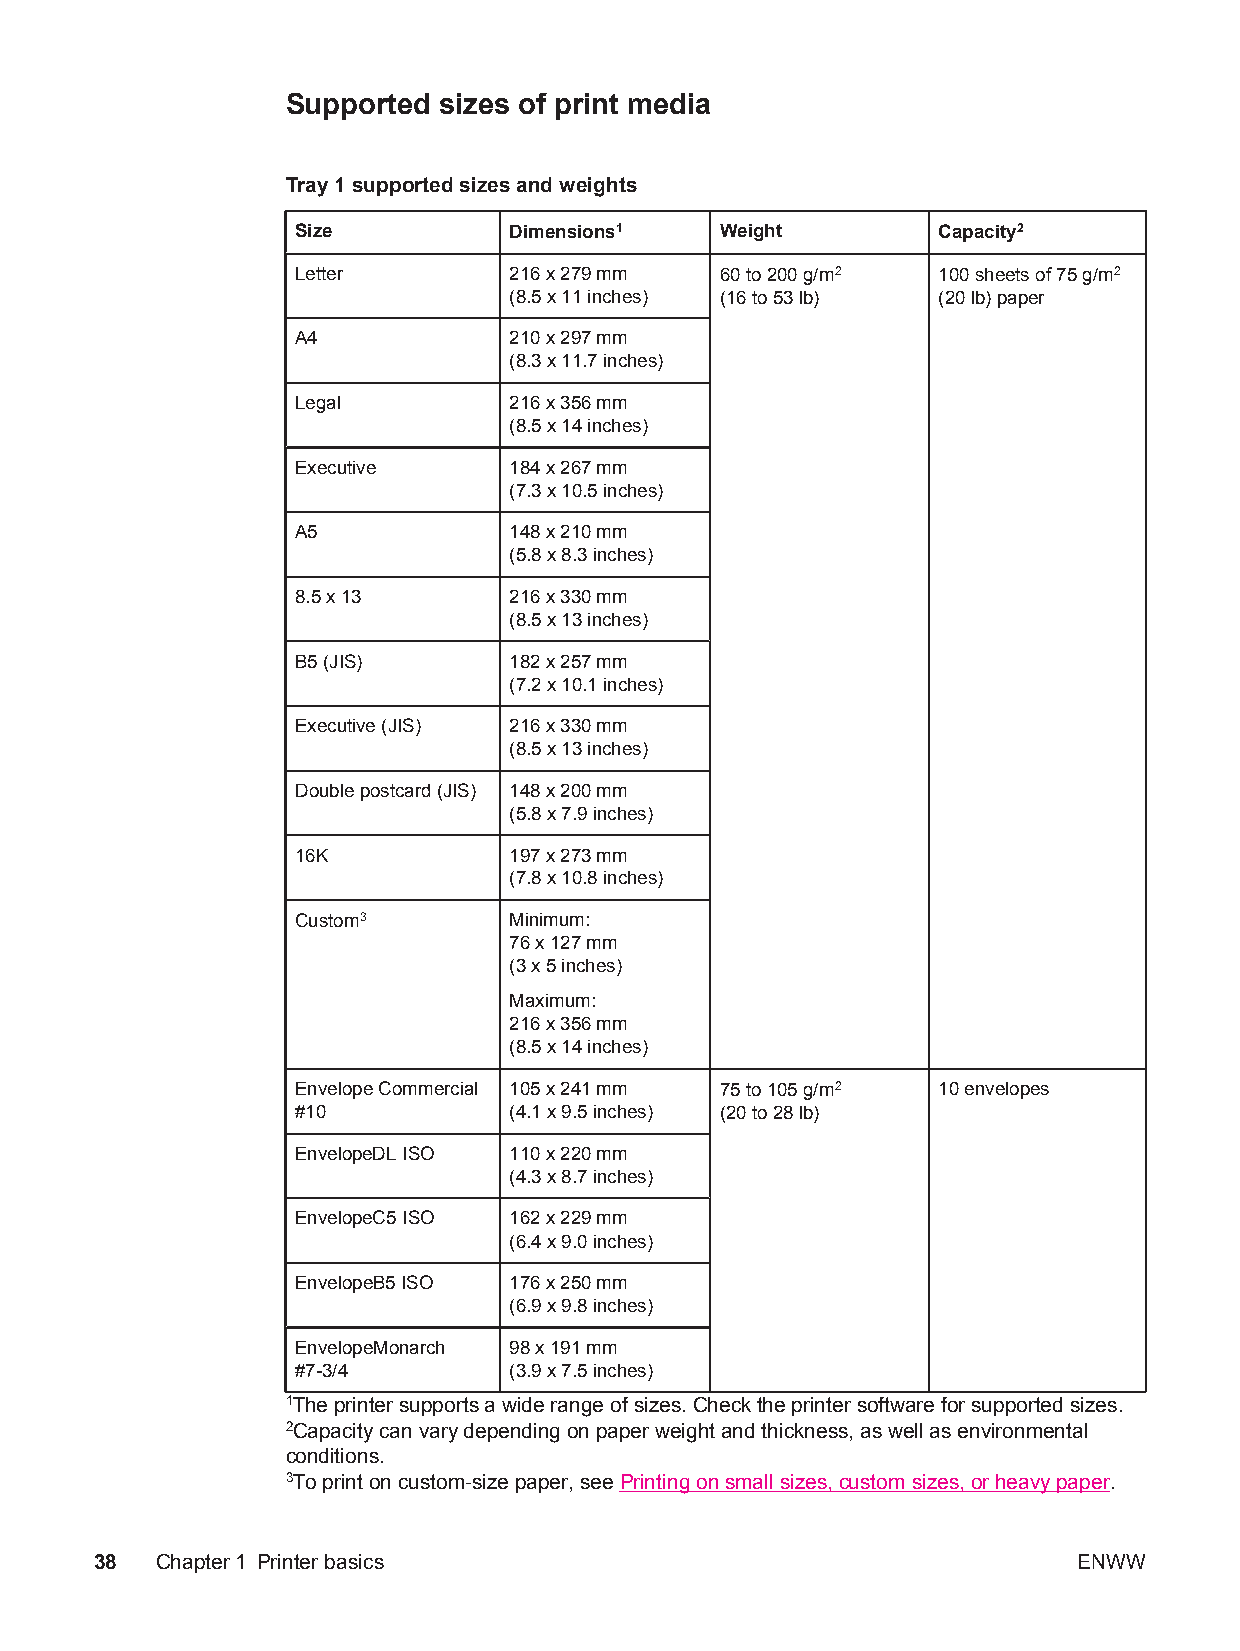
Supported sizes of print media
 Tray 1 supported sizes and weights
 Size          Dimensions1   Weight        Capacity2
 Letter        216 x 279 mm  60 to 200 g/m2 100 sheets of 75 g/m2
 (8.5 x 11 inches) (16 to 53 lb) (20 lb) paper
 A4            210 x 297 mm
 (8.3 x 11.7 inches)
 Legal         216 x 356 mm
 (8.5 x 14 inches)
 Executive     184 x 267 mm
 (7.3 x 10.5 inches)
 A5            148 x 210 mm
 (5.8 x 8.3 inches)
 8.5 x 13      216 x 330 mm
 (8.5 x 13 inches)
 B5 (JIS)      182 x 257 mm
 (7.2 x 10.1 inches)
 Executive (JIS) 216 x 330 mm
 (8.5 x 13 inches)
 Double postcard (JIS) 148 x 200 mm
 (5.8 x 7.9 inches)
 16K           197 x 273 mm
 (7.8 x 10.8 inches)
 Custom3       Minimum:
 76 x 127 mm
 (3 x 5 inches)
 Maximum:
 216 x 356 mm
 (8.5 x 14 inches)
 Envelope Commercial 105 x 241 mm 75 to 105 g/m2 10 envelopes
 #10           (4.1 x 9.5 inches) (20 to 28 lb)
 EnvelopeDL ISO 110 x 220 mm
 (4.3 x 8.7 inches)
 EnvelopeC5 ISO 162 x 229 mm
 (6.4 x 9.0 inches)
 EnvelopeB5 ISO 176 x 250 mm
 (6.9 x 9.8 inches)
 EnvelopeMonarch 98 x 191 mm
 #7-3/4        (3.9 x 7.5 inches)
 1The printer supports a wide range of sizes. Check the printer software for supported sizes.
 2Capacity can vary depending on paper weight and thickness, as well as environmental
 conditions.
 3To print on custom-size paper, see Printing on small sizes, custom sizes, or heavy paper.
 38  Chapter1 Printer basics                                      ENWW